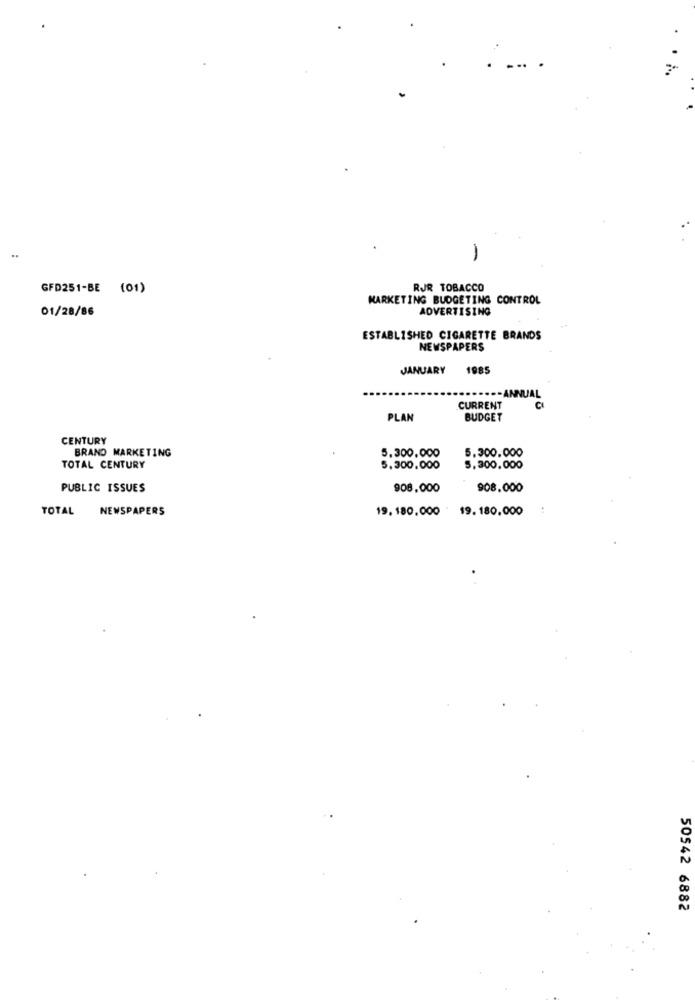
..
GFD251-BE (01)
RJR TOBACCO
MARKETING BUDGETING CONTROL
01/28/86
ADVERTISING
ESTABLISHED CIGARETTE BRANDS
NEWSPAPERS
JANUARY
1985
UJAL
CURRENT
PLAN
BUDGET
CENTURY
BRAND MARKETING
5.300.000
5.300.000
TOTAL CENTURY
5,300,000
5.300.000
PUBLIC ISSUES
908,000
908.000
TOTAL
NEWSPAPERS
19.180.000 * 19.180.000
50542 6882